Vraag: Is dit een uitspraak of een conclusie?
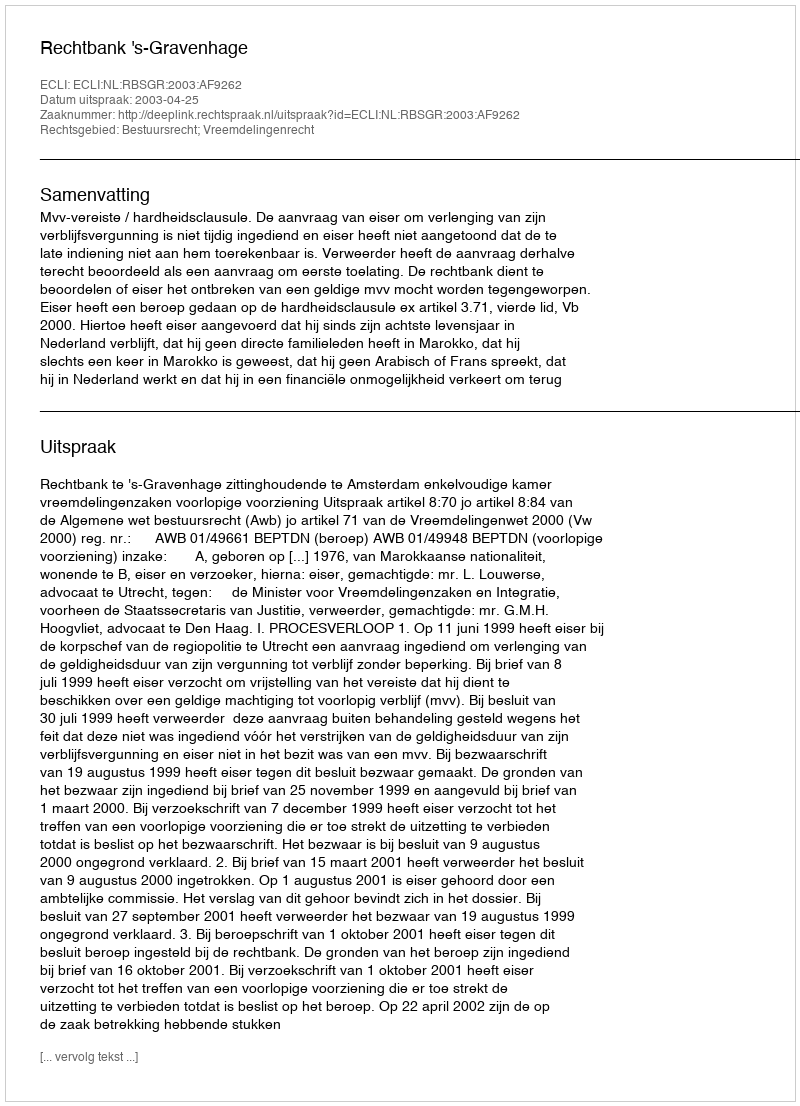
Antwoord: Uitspraak